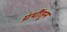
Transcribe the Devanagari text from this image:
ग्रंथींतून